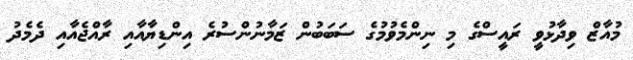
މުއާޒް ވިދާޅުވީ ރައީސްގެ މި ނިންމެވުމުގެ ސަބަބުން ޒަމާނުންސުރެ އިންޑިޔާއާއި ރާއްޖެއާއި ދެމެދު